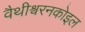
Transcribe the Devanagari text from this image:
वैथीश्वरनकोइल